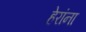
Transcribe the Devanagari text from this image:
हेरांना